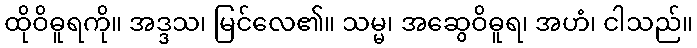
ထိုဝိဓူရကို။ အဒ္ဒသ၊ မြင်လေ၏။ သမ္မ၊ အဆွေဝိဓူရ၊ အဟံ၊ ငါသည်။